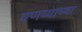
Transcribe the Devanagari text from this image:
वणव्याच्या